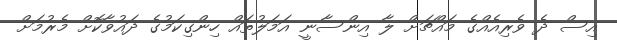
އިސް ދެ ވެރިއެއްގެ މައްޗަށް ލާ އިންސާނީ އަމަލުތައް ހިންގިކަމުގެ ދައުވާކޮށް މެރުމަށް